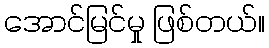
အောင်မြင်မှု ဖြစ်တယ်။